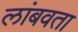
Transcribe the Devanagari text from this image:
लांबवता